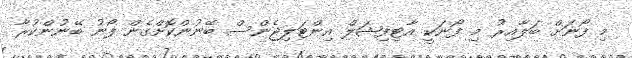
މި ފޯނަށް ބަލާއިރު މި ފޯނަކީ އާޓިފިޝަލް އިންޓަލިޖެންސް ބޭނުންކޮށްގެން ފޯނު ބޭނުންކުރާ